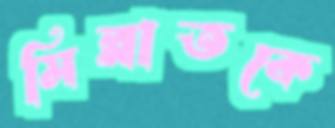
মিল্লাতকে